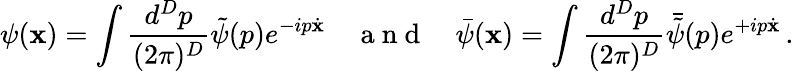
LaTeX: \psi(\mathbf{x})=\int\frac{{d^{D}p}}{{(2\pi)^{D}}}\tilde{{\psi}}(p)e^{-ip\dot{{\mathbf{x}}}}\quad\mathrm{{~a~n~d~}}\quad\bar{{\psi}}(\mathbf{x})=\int\frac{{d^{D}p}}{{(2\pi)^{D}}}\bar{{\tilde{{\psi}}}}(p)e^{+ip\dot{{\mathbf{x}}}}\, .